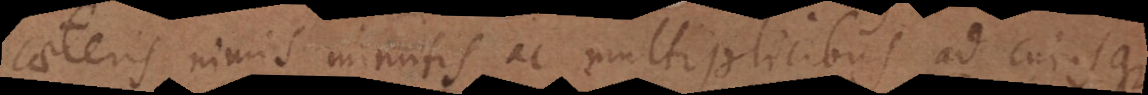
caeteris nimis minutis ac multiplicibus ad cujusque